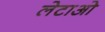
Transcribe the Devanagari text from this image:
लेटाओ